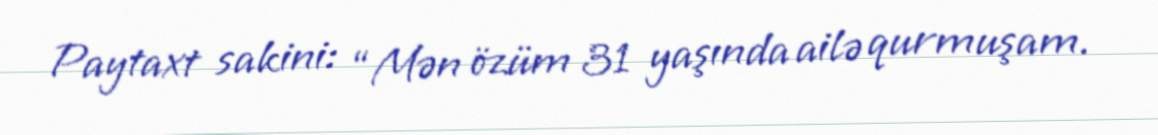
Paytaxt sakini: “Mən özüm 31 yaşında ailə qurmuşam.